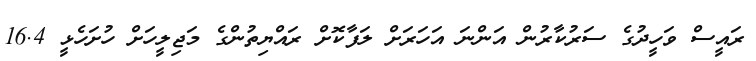
ރައީސް ވަހީދުގެ ސަރުކާރުން އަންނަ އަހަރަށް ލަފާކޮށް ރައްޔިތުންގެ މަޖިލީހަށް ހުށަހެޅީ 16.4